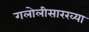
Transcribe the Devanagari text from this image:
गलोलीसारख्या